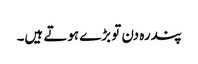
پندرہ دن تو بڑے ہوتے ہیں۔